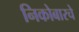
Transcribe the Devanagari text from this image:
निकोबारचे